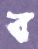
ব